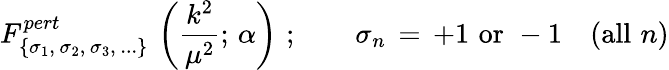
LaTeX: F_{\{ \sigma_{1},\, \sigma_{2},\, \sigma_{3},\, ...\} }^{pert}\, \left(\frac{k^{2}}{\mu^{2}};\, \alpha\right)\, \, ;\qquad\sigma_{n}\, =\, +1\, \, \mathrm{or}\, \, -1\quad(\mathrm{all}\, \, n)